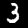
Label: 3